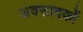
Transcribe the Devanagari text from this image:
अवसादकों